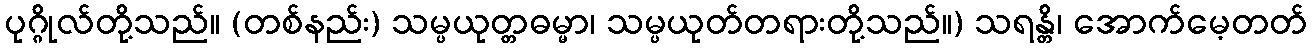
ပုဂ္ဂိုလ်တို့သည်။ (တစ်နည်း) သမ္ပယုတ္တဓမ္မာ၊ သမ္ပယုတ်တရားတို့သည်။) သရန္တိ၊ အောက်မေ့တတ်